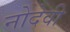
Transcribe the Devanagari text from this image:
नोदेवी